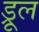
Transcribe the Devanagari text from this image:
ड्रूल